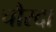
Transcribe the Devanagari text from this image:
चौरदा